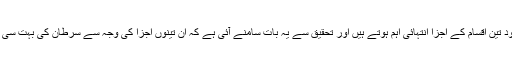
طبی ماہرین کے مطابق کھیرے میں موجود تین اقسام کے اجزا انتہائی اہم ہوتے ہیں اور تحقیق سے یہ بات سامنے آئی ہے کہ ان تینوں اجزا کی وجہ سے سرطان کی بہت سی اقسام کا خطرہ کافی حد تک کم ہوجاتا ہے۔